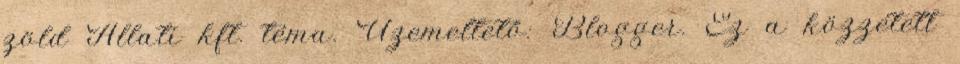
zöld Állati kft. téma. Üzemeltető: Blogger. Ez a közzétett